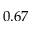
0 . 6 7